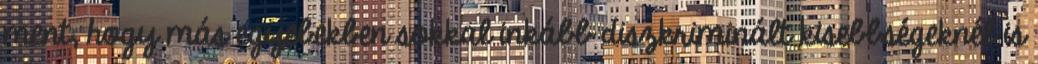
ment, hogy más egyebekben sokkal inkább diszkriminált kisebbségeknél is